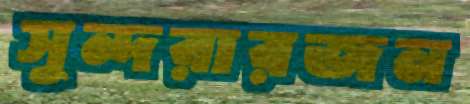
সুন্দরারজন